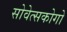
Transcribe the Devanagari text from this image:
सोवेत्सकोगो